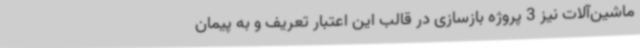
ماشین‌آلات نیز 3 پروژه بازسازی در قالب این اعتبار تعریف و به پیمان